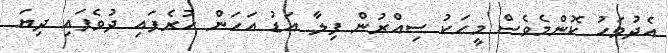
އެދުވަހު ކޮންމެވެސް މީހަކު ސިއްރުން ފިލާ އަޑު އަހަން ހުރެފައި ދުވެފައި ދިޔަ